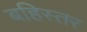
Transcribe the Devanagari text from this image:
बहिस्तर